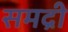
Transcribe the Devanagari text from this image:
समद्री